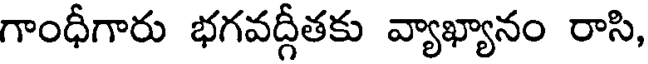
గాంధీగారు భగవద్గీతకు వ్యాఖ్యానం రాసి,